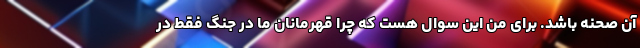
آن صحنه باشد. برای من این سوال هست که چرا قهرمانان ما در جنگ فقط در